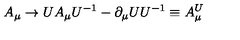
A _ { \mu } \rightarrow U A _ { \mu } U ^ { - 1 } - \partial _ { \mu } U U ^ { - 1 } \equiv A _ { \mu } ^ { U }